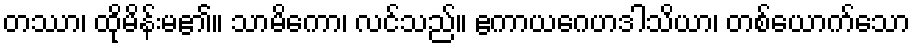
တဿာ၊ ထိုမိန်းမ၏။ သာမိကော၊ လင်သည်။ ဧကာယဂေဟဒါသိယာ၊ တစ်ယောက်သော